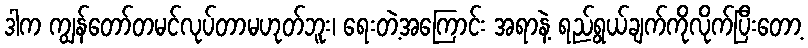
ဒါက ကျွန်တော်တမင်လုပ်တာမဟုတ်ဘူး၊ ရေးတဲ့အကြောင်း အရာနဲ့ ရည်ရွယ်ချက်ကိုလိုက်ပြီးတော့